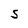
Character: S